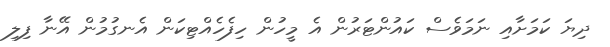
ދިޔަ ކަމަށާއި ނަމަވެސް ކައުންޓަރުން އެ މީހުން ހިފެހެއްޓިކަން އެނގުމުން އޭނާ ފިލި